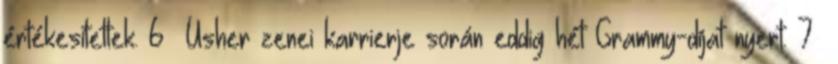
értékesítettek. 6 Usher zenei karrierje során eddig hét Grammy-díjat nyert. 7